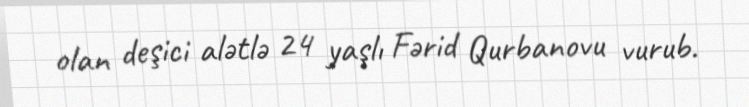
olan deşici alətlə 24 yaşlı Fərid Qurbanovu vurub.